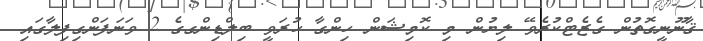
ޤާނޫނީގޮތުން ގެޒެޓްކުރެވޭ ލިޔުން މި ކޮމިޝަން ހިންގާ ހުރަވީ ބިލްޑިންގގެ 2 ވަނަފަންގިފިލާގައި